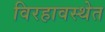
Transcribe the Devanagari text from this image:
विरहावस्थेत